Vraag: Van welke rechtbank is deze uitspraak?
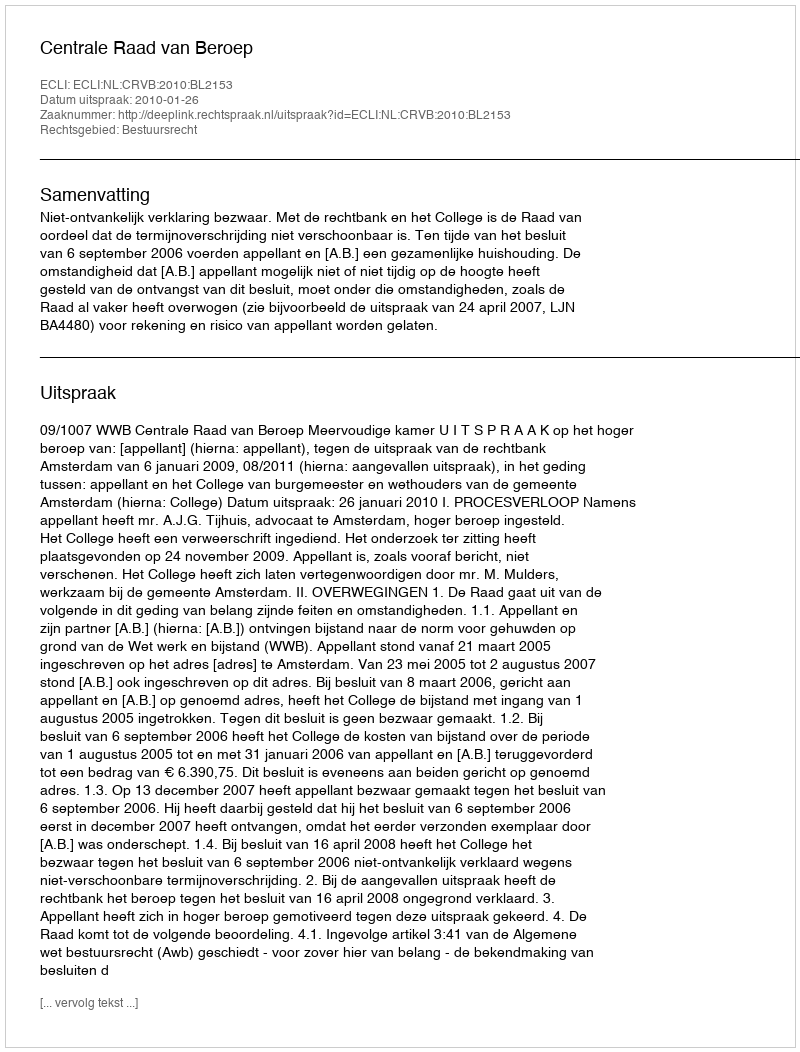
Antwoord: Centrale Raad van Beroep